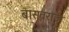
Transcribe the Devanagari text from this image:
बासवराज